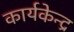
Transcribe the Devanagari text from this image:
कार्यकेन्द्र